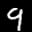
Label: 9